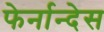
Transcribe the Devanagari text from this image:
फेर्नान्देस